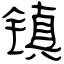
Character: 镇